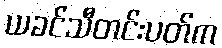
ယခင်သီတင်းပတ်က